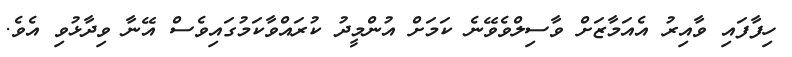
ހިފާފައި ވާއިރު އެއަމާޒަށް ވާސިލްވެވޭނެ ކަމަށް އުންމީދު ކުރައްވާކަމުގައިވެސް އޭނާ ވިދާޅުވި އެވެ.